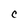
Character: C